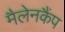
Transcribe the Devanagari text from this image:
मैलेनकैंप